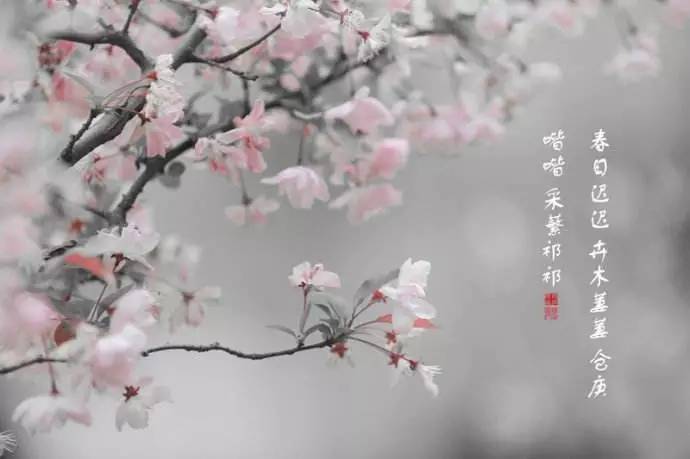
春日迟迟，卉木萋萋。